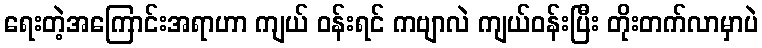
ရေးတဲ့အကြောင်းအရာဟာ ကျယ် ဝန်းရင် ကဗျာလဲ ကျယ်ဝန်းပြီး တိုးတက်လာမှာပဲ